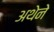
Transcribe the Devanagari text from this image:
अथेने